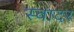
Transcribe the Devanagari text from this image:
स्वादर